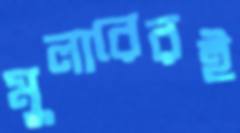
মুলারেরই